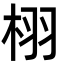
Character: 栩